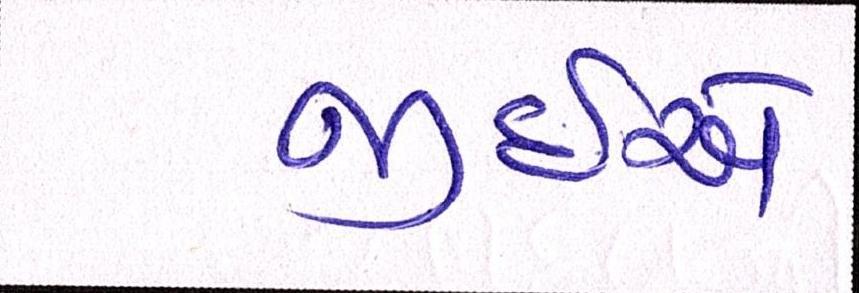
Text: જીઇએ